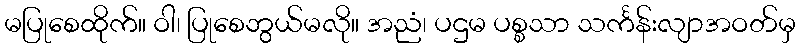
မပြုစေထိုက်။ ဝါ၊ ပြုစေဘွယ်မလို။ အညံ၊ ပဌမ ပစ္စသာ သင်္ကန်းလျာအဝတ်မှ